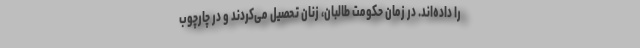
را داده‌اند. در زمان حکومت طالبان، زنان تحصیل می‌کردند و در چارچوب